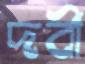
দর্বী